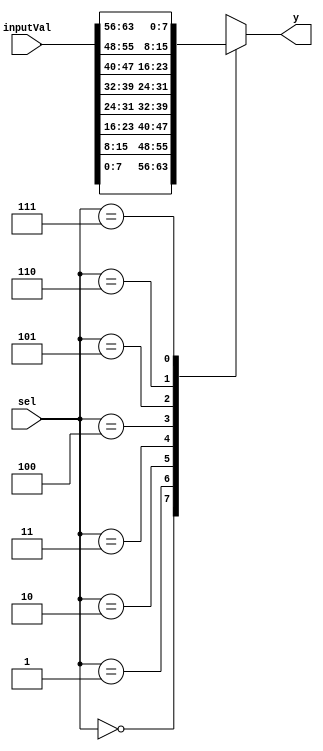
`timescale 1ns / 1ps
//////////////////////////////////////////////////////////////////////////////////
// Company: University of Kentucky
// 
// Design Name: 
// Module Name:    mux8x1
// Project Name: 
// Target Devices: 
// Tool versions: 
// Description: 
//
// Dependencies: 
//
// Revision: 
// Revision 0.01 - File Created
// Additional Comments: 
//
//////////////////////////////////////////////////////////////////////////////////
module mux8x1 #(
	parameter size = 8)(
    input [2:0] sel,
    input [size*8-1:0] inputVal,
    output reg [size-1:0] y
    );

	always @(sel, inputVal) begin
		case(sel)
			3'b000: y = inputVal[size-1:0];
			3'b001: y = inputVal[(size*2)-1:size];
			3'b010: y = inputVal[(size*3)-1:(size*2)];
			3'b011: y = inputVal[(size*4)-1:(size*3)];
			3'b100: y = inputVal[(size*5)-1:(size*4)];
			3'b101: y = inputVal[(size*6)-1:(size*5)];
			3'b110: y = inputVal[(size*7)-1:(size*6)];
			3'b111: y = inputVal[(size*8)-1:(size*7)];
		endcase
	end
endmodule